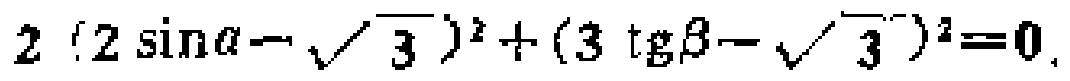
$2(2\sin\alpha - \sqrt{3})^2+(3\operatorname{tg}\beta - \sqrt{3})^2 = 0$